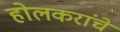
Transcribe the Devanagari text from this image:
होलकरांचे